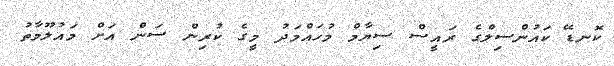
ކޮނޑޭ ކައުންސިލްގެ ރައީސް ސިޔާމް މުހައްމަދު މީގެ ކުރިން ސަން އަށް މައުލޫމާތު